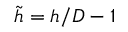
\Tilde { h } = h / D - 1